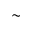
\sim